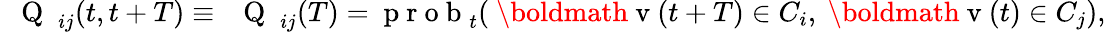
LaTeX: \mathrm{~\mathsf~{~Q~}~}_{ij}(t,t+T)\equiv\mathrm{~\mathsf~{~Q~}~}_{ij}(T)=\mathrm{~p~r~o~b~}_{t}(\mathrm{~\boldmath~v~}(t+T)\in C_{i},\mathrm{~\boldmath~v~}(t)\in C_{j}),